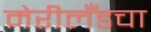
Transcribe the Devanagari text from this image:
मेरीलँडचा